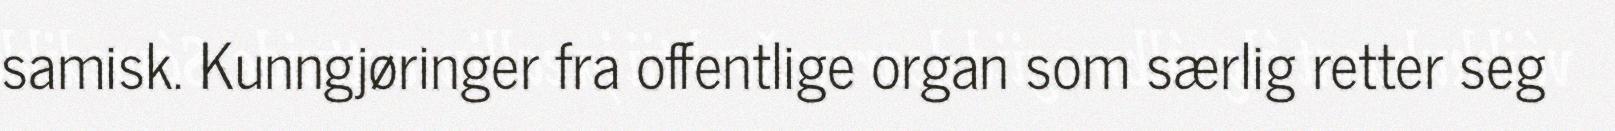
samisk. Kunngjøringer fra offentlige organ som særlig retter seg